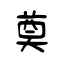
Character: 奠